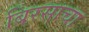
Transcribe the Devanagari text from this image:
बिरसाचा